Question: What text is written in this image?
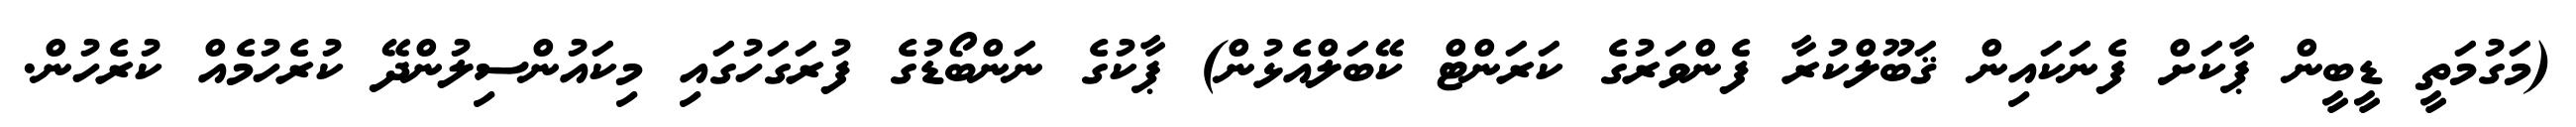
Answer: (މަގުމަތީ ޑީބީން ޕާކަށް ފެނަކައިން ޤަބޫލްކުރާ ފެންވަރުގެ ކަރަންޓް ކޭބަލްއެޅުން) ޕާކުގެ ނަންބޯޑުގެ ފުރަގަހުގައި މިކައުންސިލުންދޭ ކުރެހުމެއް ކުރެހުން.